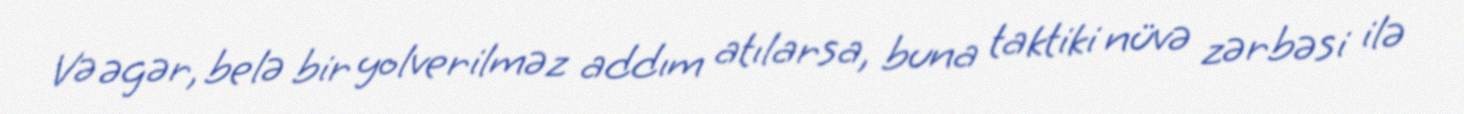
Və əgər, belə bir yolverilməz addım atılarsa, buna taktiki nüvə zərbəsi ilə